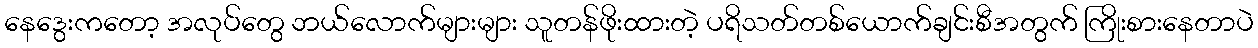
နေဒွေးကတော့ အလုပ်တွေ ဘယ်လောက်များများ သူတန်ဖိုးထားတဲ့ ပရိသတ်တစ်ယောက်ချင်းစီအတွက် ကြိုးစားနေတာပဲ